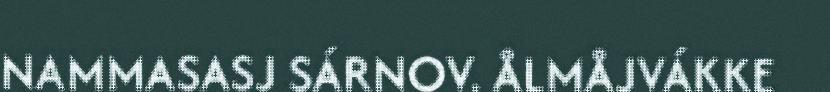
NAMMASASJ SÁRNOV. ÅLMÅJVÁKKE